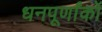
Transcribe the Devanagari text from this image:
धनपूर्णांकों